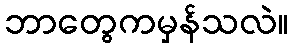
ဘာတွေကမှန်သလဲ။